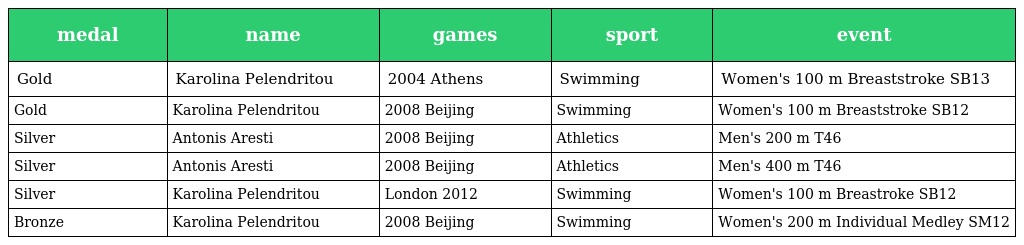
| medal | name | games | sport | event |
 | --- | --- | --- | --- | --- |
 | Gold | Karolina Pelendritou | 2004 Athens | Swimming | Women's 100 m Breaststroke SB13 |
 | Gold | Karolina Pelendritou | 2008 Beijing | Swimming | Women's 100 m Breaststroke SB12 |
 | Silver | Antonis Aresti | 2008 Beijing | Athletics | Men's 200 m T46 |
 | Silver | Antonis Aresti | 2008 Beijing | Athletics | Men's 400 m T46 |
 | Silver | Karolina Pelendritou | London 2012 | Swimming | Women's 100 m Breastroke SB12 |
 | Bronze | Karolina Pelendritou | 2008 Beijing | Swimming | Women's 200 m Individual Medley SM12 |